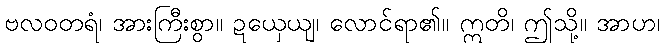
ဗလဝတရံ၊ အားကြီးစွာ။ ဍယှေယျ၊ လောင်ရာ၏။ ဣတိ၊ ဤသို့။ အာဟ၊